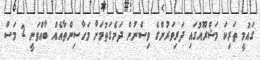
ގައުމީ ތަރިކަ މަޝްރޫއުގައި ދަރިވަރުންގެ ވިސްނުން ދަނެގަތުމަށް މަހާސިންތާއެއް ބާއްވަނީ 2 މަސް